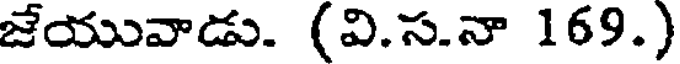
జేయువాడు. (వి.స.నా 169.)